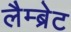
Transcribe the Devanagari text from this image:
लैम्ब्रेट